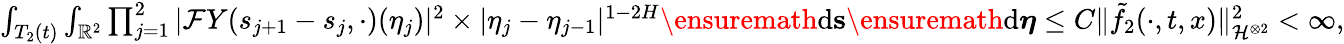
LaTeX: \begin{array}{r}{\int_{T_{2}(t)}\int_{\mathbb{R}^{2}}\prod_{j=1}^{2}|\mathcal{F}Y(s_{j+1}-s_{j},\cdot)(\eta_{j})|^{2}\times|\eta_{j}-\eta_{j-1}|^{1-2H}\ensuremath{\mathrm{d}}\mathbf{s}\ensuremath{\mathrm{d}}\boldsymbol\eta\le C\Vert\tilde{f_{2}}(\cdot,t,x)\Vert_{\mathcal{H}^{\otimes 2}}^{2}<\infty,}\end{array}